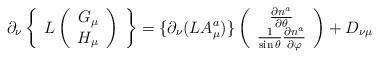
LaTeX: \begin{align*}\partial_\nu\left\{\begin{array}{c}L\left(\begin{array}{c}G_\mu\\H_\mu\end{array}\right)\end{array}\right\}=\{\partial_\nu(LA^a_\mu)\} \left(\begin{array}{c} \frac{\partial n^a}{\partial\theta}\\ \frac{1}{\sin\theta}\frac{\partial n^a}{\partial\varphi} \end{array}\right)+D_{\nu\mu}\end{align*}